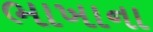
ભાખાના